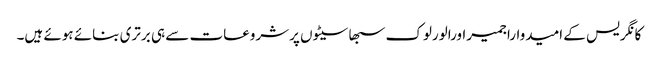
کانگریس کے امیدواراجمیراورالورلوک سبھاسیٹوں پرشروعات سے ہی برتری بنائے ہوئے ہیں۔